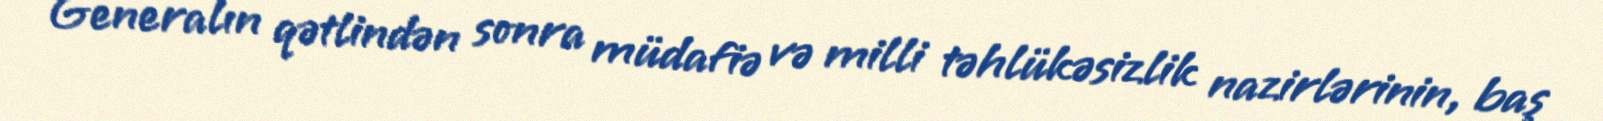
Generalın qətlindən sonra müdafiə və milli təhlükəsizlik nazirlərinin, baş